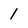
Character: 1